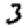
Digit: 3